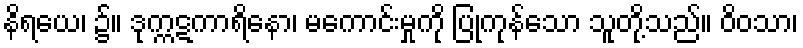
နိရယေ၊ ၌။ ဒုက္ကဋကာရိနော၊ မကောင်းမှုကို ပြုကုန်သော သူတို့သည်။ ဝိဝသာ၊